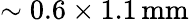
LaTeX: \sim 0.6\times 1.1\, \mathrm{mm}